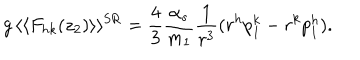
LaTeX: g \, \langle \langle F _ { h k } ( z _ { 2 } ) \rangle \rangle ^ { \mathrm { S R } } = \frac { 4 } { 3 } \frac { \alpha _ { s } } { m _ { 1 } } \frac { 1 } { r ^ { 3 } } ( r ^ { h } p _ { 1 } ^ { k } - r ^ { k } p _ { 1 } ^ { h } ) .